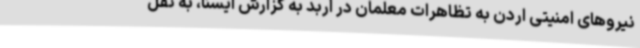
نیروهای امنیتی اردن به تظاهرات معلمان در اربد به گزارش ایسنا، به نقل